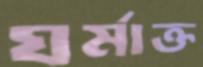
ঘর্মাক্ত